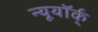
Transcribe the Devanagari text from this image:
न्यूयॉर्क्